Scientific memoirs by medical officers of the Army of India - Part IX,
Year: 1895
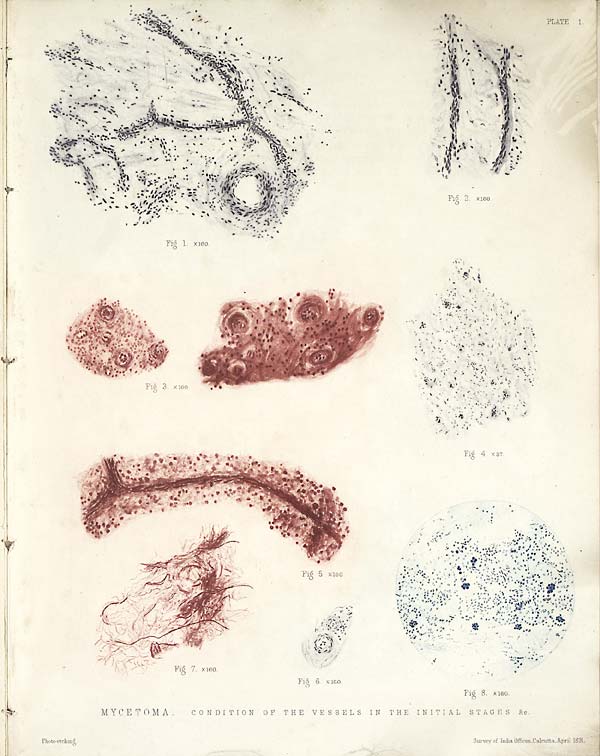
PLAT
E 1.
MYCETOMA.
CONDITION OF THE VESSELS IN THE INITIAL STAGES &c.
Photo-etching.
Survey of India Offices, Calcutta , April 1891.